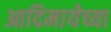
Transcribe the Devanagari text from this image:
आदिमायेच्या